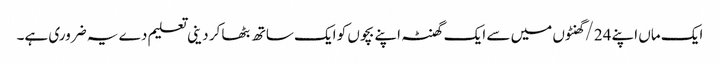
ایک ماں اپنے 24/گھنٹوں میں سے ایک گھنٹہ اپنے بچوں کو ایک ساتھ بٹھا کر دینی تعلیم دے یہ ضروری ہے۔